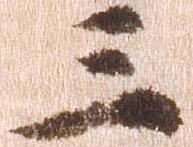
三